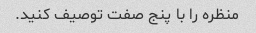
منظره را با پنج صفت توصیف کنید.